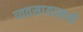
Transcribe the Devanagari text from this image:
व्यवसायामध्ये